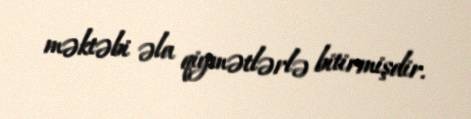
məktəbi əla qiymətlərlə bitirmişdir.